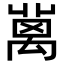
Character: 𥝄